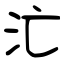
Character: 汒